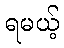
ရမယ့်